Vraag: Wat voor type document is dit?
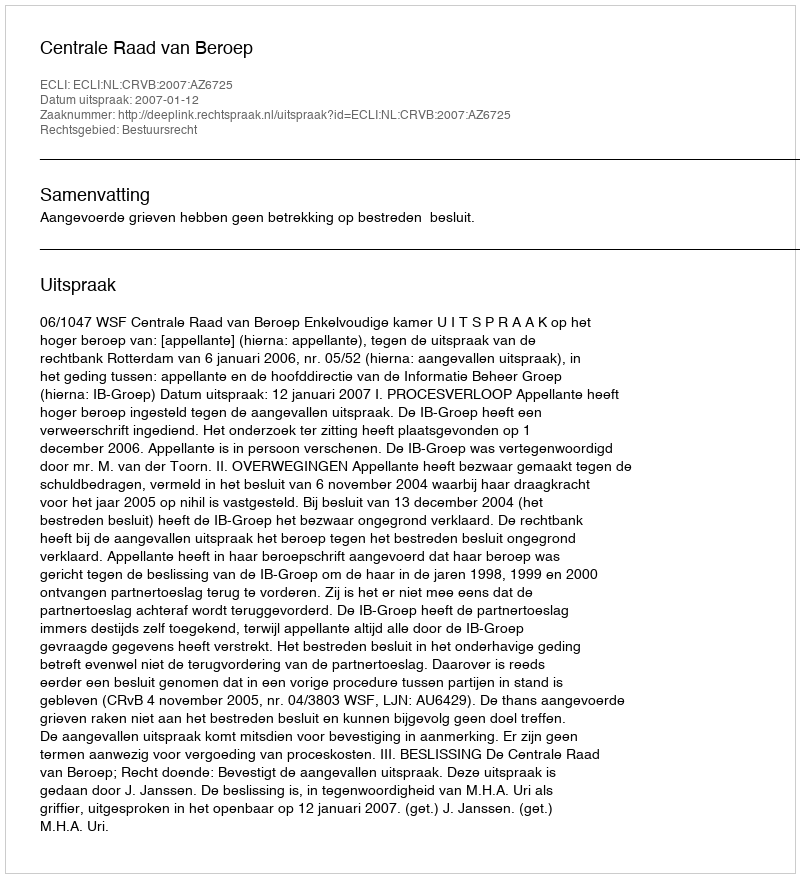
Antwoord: Uitspraak